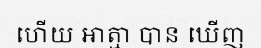
ហើយ ឤត្មា បាន ឃើញ